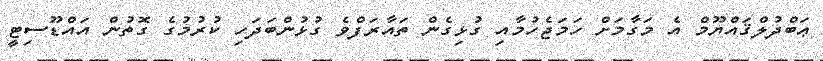
ޢަބްދުލްޤައްޔޫމް އެ މަގާމަށް ހަމަޖެހުމާއި ގުޅިގެން ތައާރަފްވެ ގުޅުންބަދަހި ކުރުމުގެ ގޮތުން އައްޑޫސިޓީ